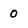
Character: 0